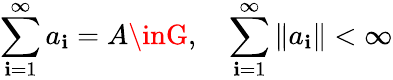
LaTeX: \sum_{\mathbf{i}=1}^{\infty}a_{\mathbf{i}}=A\inG,\quad\sum_{\mathbf{i}=1}^{\infty}\| a_{\mathbf{i}}\| <\infty